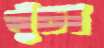
খুঁচা